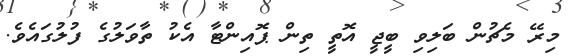
މިރޭ މެޗުން ބަލިވި ބީޖީ އޮތީ ތިން ޕޮއިންޓާ އެކު ތާވަލުގެ ފުލުގައެވެ.